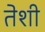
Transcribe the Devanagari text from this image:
तेशी